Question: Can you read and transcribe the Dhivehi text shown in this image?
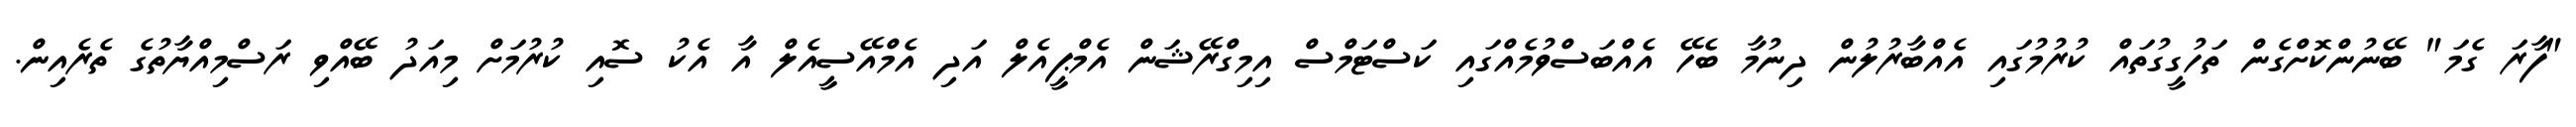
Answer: "ފާރަ ގެމަ" ބޭނުންކޮށްގެން ތަހުގީގުތައް ކުރުމުގައި އެއްބާރުލުން ދިނުމާ ބެހޭ އެއްބަސްވުމެއްގައި ކަސްޓަމްސް އިމިގްރޭޝަން އެމްޕީއެލް އަދި އެމްއޭސީއެލް އާ އެކު ސޮއި ކުރުމަށް މިއަދު ބޭއްވި ރަސްމިއްޔާތުގެ ތެރެއިން.